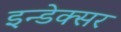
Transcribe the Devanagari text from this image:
इन्डेक्सर